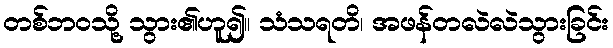
တစ်ဘဝသို့ သွား၏ဟူ၍။ သံသရတိ၊ အဖန်တလဲလဲသွားခြင်း